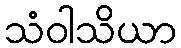
သံဝါသိယာ